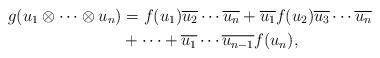
LaTeX: \begin{align*}g(u_1\otimes\cdots\otimes u_n)&=f(u_1)\overline{u_2}\cdots \overline{u_n}+\overline{u_1}f(u_2)\overline{u_3}\cdots \overline{u_n} \\&+\cdots+\overline{u_1}\cdots \overline{u_{n-1}}f(u_n),\end{align*}